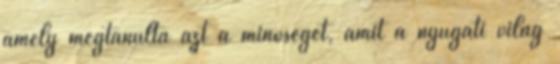
amely megtanulta azt a minôséget, amit a nyugati világ